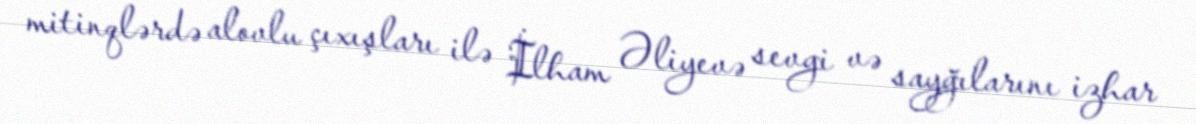
mitinqlərdə alovlu çıxışları ilə İlham Əliyevə sevgi və sayğılarını izhar